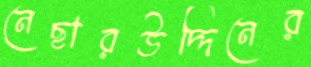
নেছারউদ্দিনের